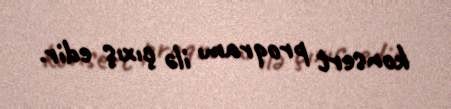
konsert proqramı ilə çıxış edir.